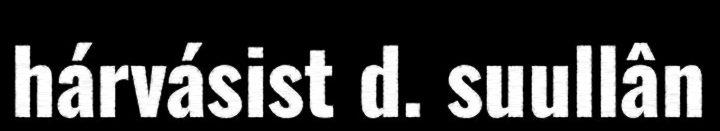
hárvásist d. suullân